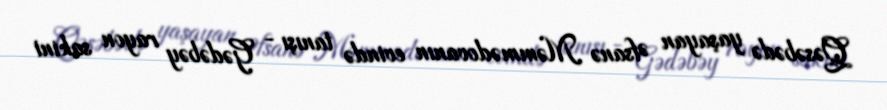
Qəsəbədə yaşayan Əfsanə Məmmədovanın evində tanışı - Gədəbəy rayon sakini